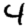
Digit: 4